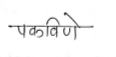
मजकूर: पकविणे